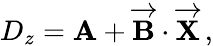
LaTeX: D_{z}=\textbf{A}+\overrightarrow{\mathbf{B}}\cdot\overrightarrow{\mathbf{X}}\, ,